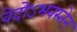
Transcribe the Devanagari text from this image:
वेदोऽभवस्तेन